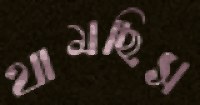
থামছিস